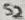
Text: S2